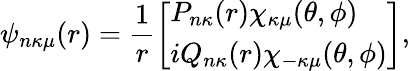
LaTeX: \psi_{n\kappa\mu}(r)=\frac{1}{r}\left[\begin{array}{l}{P_{n\kappa}(r)\chi_{\kappa\mu}(\theta,\phi)}\\ {iQ_{n\kappa}(r)\chi_{-\kappa\mu}(\theta,\phi)}\end{array}\right],